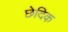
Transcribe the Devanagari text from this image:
छेदिक